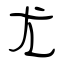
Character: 尤